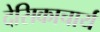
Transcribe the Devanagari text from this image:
देसिकाचार्य